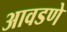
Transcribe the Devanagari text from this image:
आवडणे